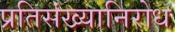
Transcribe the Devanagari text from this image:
प्रतिसंख्यानिरोध